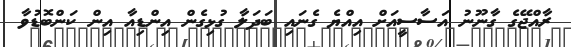
ރާއްޖޭގެ ގާނޫނު އަސާސީއަށް އިއްޔެ ގެނައި ބަދަލާ ގުޅިގެން އިންޑިއާ އިން ކަންބޮޑުވާ